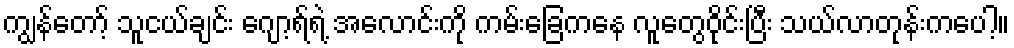
ကျွန်တော့် သူငယ်ချင်း ဂျော့ရ်ရဲ့ အလောင်းကို ကမ်းခြေကနေ လူတွေဝိုင်းပြီး သယ်လာတုန်းကပေါ့။